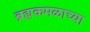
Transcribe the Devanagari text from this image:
ब्रह्मकमळाच्या